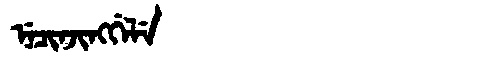
Manchu: ᠨᡝᠴᡳᠨᠵᡳᠩᡤᡝᠯᡝ
Romanization: NECINJINGGELE